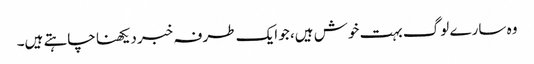
وہ سارے لوگ بہت خوش ہیں، جو ایک طرفہ خبر دیکھنا چاہتے ہیں۔